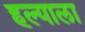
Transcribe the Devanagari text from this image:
हल्याला